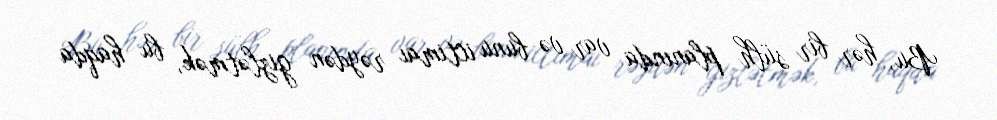
Bu, hər bir sülh planında var və bunu ictimai rəydən gizlətmək, bu haqda